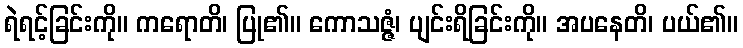
ရဲရင့်ခြင်းကို။ ကရောတိ၊ ပြု၏။ ကောသဇ္ဇံ၊ ပျင်းရိခြင်းကို။ အပနေတိ၊ ပယ်၏။